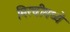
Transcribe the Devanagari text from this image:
मिरचीमध्ये